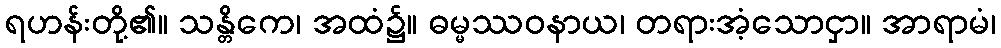
ရဟန်းတို့၏။ သန္တိကေ၊ အထံ၌။ ဓမ္မဿဝနာယ၊ တရားအံ့သောငှာ။ အာရာမံ၊